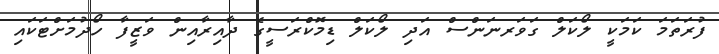
ފުރަތަމަ ކަމަކީ ލޯކަލް ގަވަރނަންސް އަދި ލޯކަލް ޑިމޮކްރަސީގެ ދާއިރާއިން ވަޒީފާ ހޯދުމަށްޓަކައި